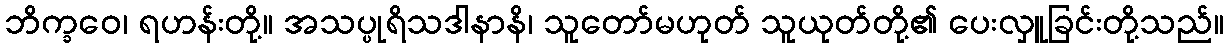
ဘိက္ခဝေ၊ ရဟန်းတို့။ အသပ္ပုရိသဒါနာနိ၊ သူတော်မဟုတ် သူယုတ်တို့၏ ပေးလှူခြင်းတို့သည်။